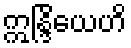
ဣန္ဒြိယေဟိ